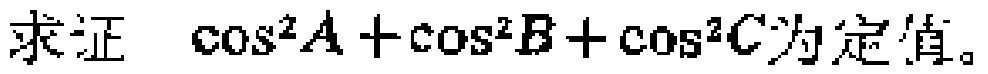
求证 \(\cos^{2}A+\cos^{2}B+\cos^{2}C\)为定值。